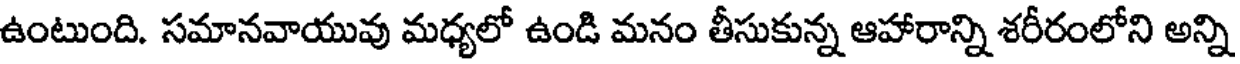
ఉంటుంది. సమానవాయువు మధ్యలో ఉండి మనం తీసుకున్న ఆహారాన్ని శరీరంలోని అన్ని